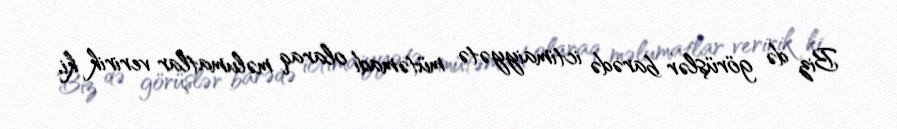
Biz də görüşlər barədə ictimaiyyətə mütəmadi olaraq məlumatlar veririk ki,